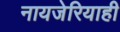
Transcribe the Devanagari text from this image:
नायजेरियाही